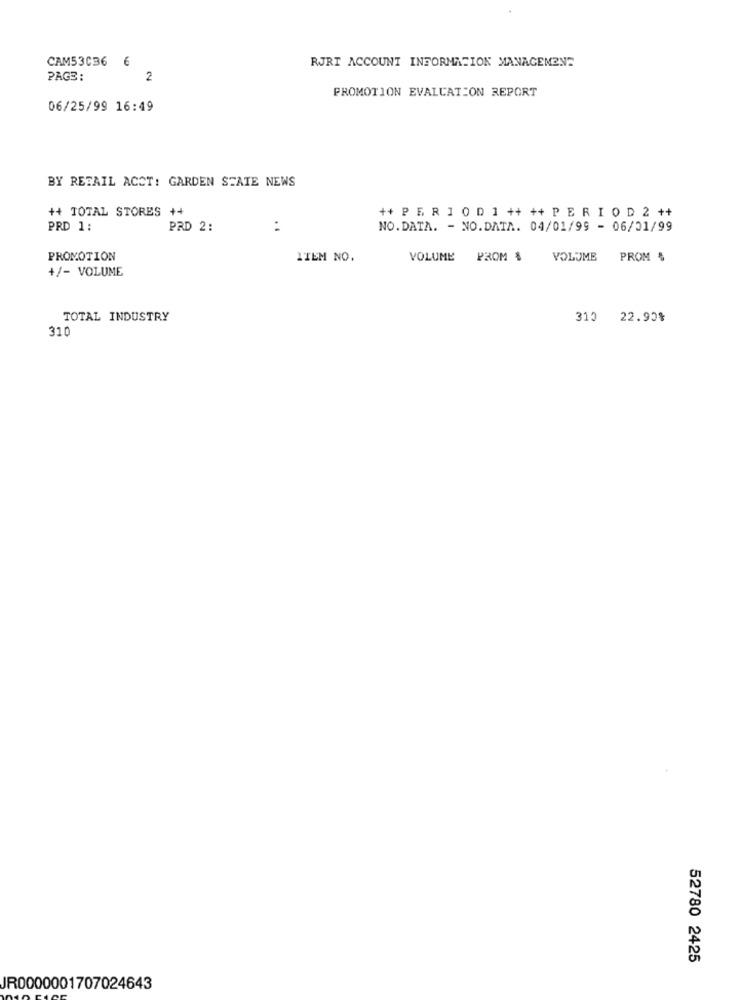
CAM53036 6
RJRI ACCOUNT INFORMATION MANAGEMENT
PAGE:
2
PROMOTION EVALUATION REPORT
06/25/99 16:49
BY RETAIL ACCT: GARDEN STATE NEWS
++ TOTAL STORES ++
++ P E R 1 0 D 1 ++ ++ P E R I O D 2 ++
PRD 1:
PRD 2:
:
NO.DATA. - NO.DATA. 04/01/99 - 06/01/99
PROMOTION
ITEM NO.
VOLUME PROM $
VOLUME PROM $
+/- VOLUME
TOTAL INDUSTRY
310 22.90%
310
52780 2425
JR0000001707024643